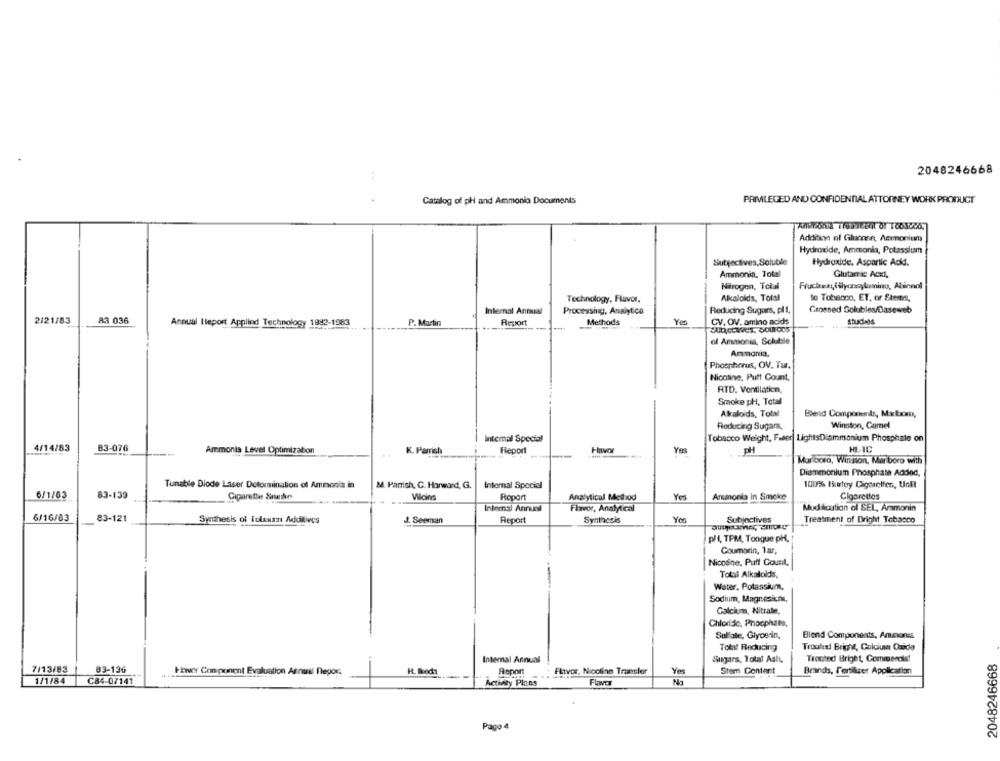
2048246668
PRIMLEGED AND CONFIDENTIAL ATTORNEY WORK PRODUCT
Catalog of ph and Ammonia Documents
Addition of Glucose, Ammonium
Hydroxide, Ammonia, Potassium
Subjectives,Soluble
Hydroxide, Aspartic Acid.
Ammonia, Total
Glutamic Ack !,
Nitrogen, Total
Fruckeasislyonsylumino, Abicnol
Technology, Flavor.
Akalolds, Tolal
to Tobacco, ET, or Stems,
Internal Annual
Processing, Analytica
Reducing Sugars, pl 1,
Grossed Golubles/Daseweb
2/21/83
83 036
Yea
Annual Report Applind Technology 1982-1983
P. Martin
Report
Methods
CV. OV, amino acids
of Ammonia, Soluble
Ammonia,
Phosphorus, OV, Tu.
Nicotine, Putt Count,
ATD. Ventilation,
Smoke pH, Total
Alkaloids, Total
Blend Components, Macau,
Reducing Sugars,
Winston, Camel
Intemal Special
Tobacco Weight, Faser LightsDiammonium Phosphate on
4/14/83
83-076
Ammonia Level Optimization
K. Parrish
Report
Yes
PH
HIC
Marlboro, Winsion, Mar boro with
Diammonium Phosphate Added,
Tunable Diode Laser Dotormination of Ammonia in
M. Panish, C. Harward, G.
Internal Special
100% Hurley Cigarettes, Unft
6/1/63
83-139
Yes
Armonia in Smoke
Cigarette Smunke
Woins
Roport
Analytical Method
Cigarettes
Intemal Annual
Flavor, Analytical
Modification of SEL, Ammonia
6/16/63
83-121
Subjectives
Synthesis of iclessz Additives
J. Seeman
Report
Synthesis
Yes
Treatment of Dright Tobacco
p/l, TPM, Tongue pH,
Coumarin, 1ar,
Nicodine, Puff Count,
Total Alkaloids,
Water, Potassium,
Sodium, Magnesium,
Calcium, Nitrate,
Chloride, Phosphate,
Sullate, Glycerin,
Blend Components, Annonss
Total Reducing
Troal Bright, Calcium Oxida
Internal Annual
Sugars, Total Asit,
Trocted Bright, Commerce!
2048246668
7/13/83
03-136
Asport
Flavor, Nicotine Transler
FEwy Component Evaluation Annual flepor-
Stem Content
Brands, fertilizer Application
1/1/84
C84-07141
Activity Plans
Flavor
Pago 4